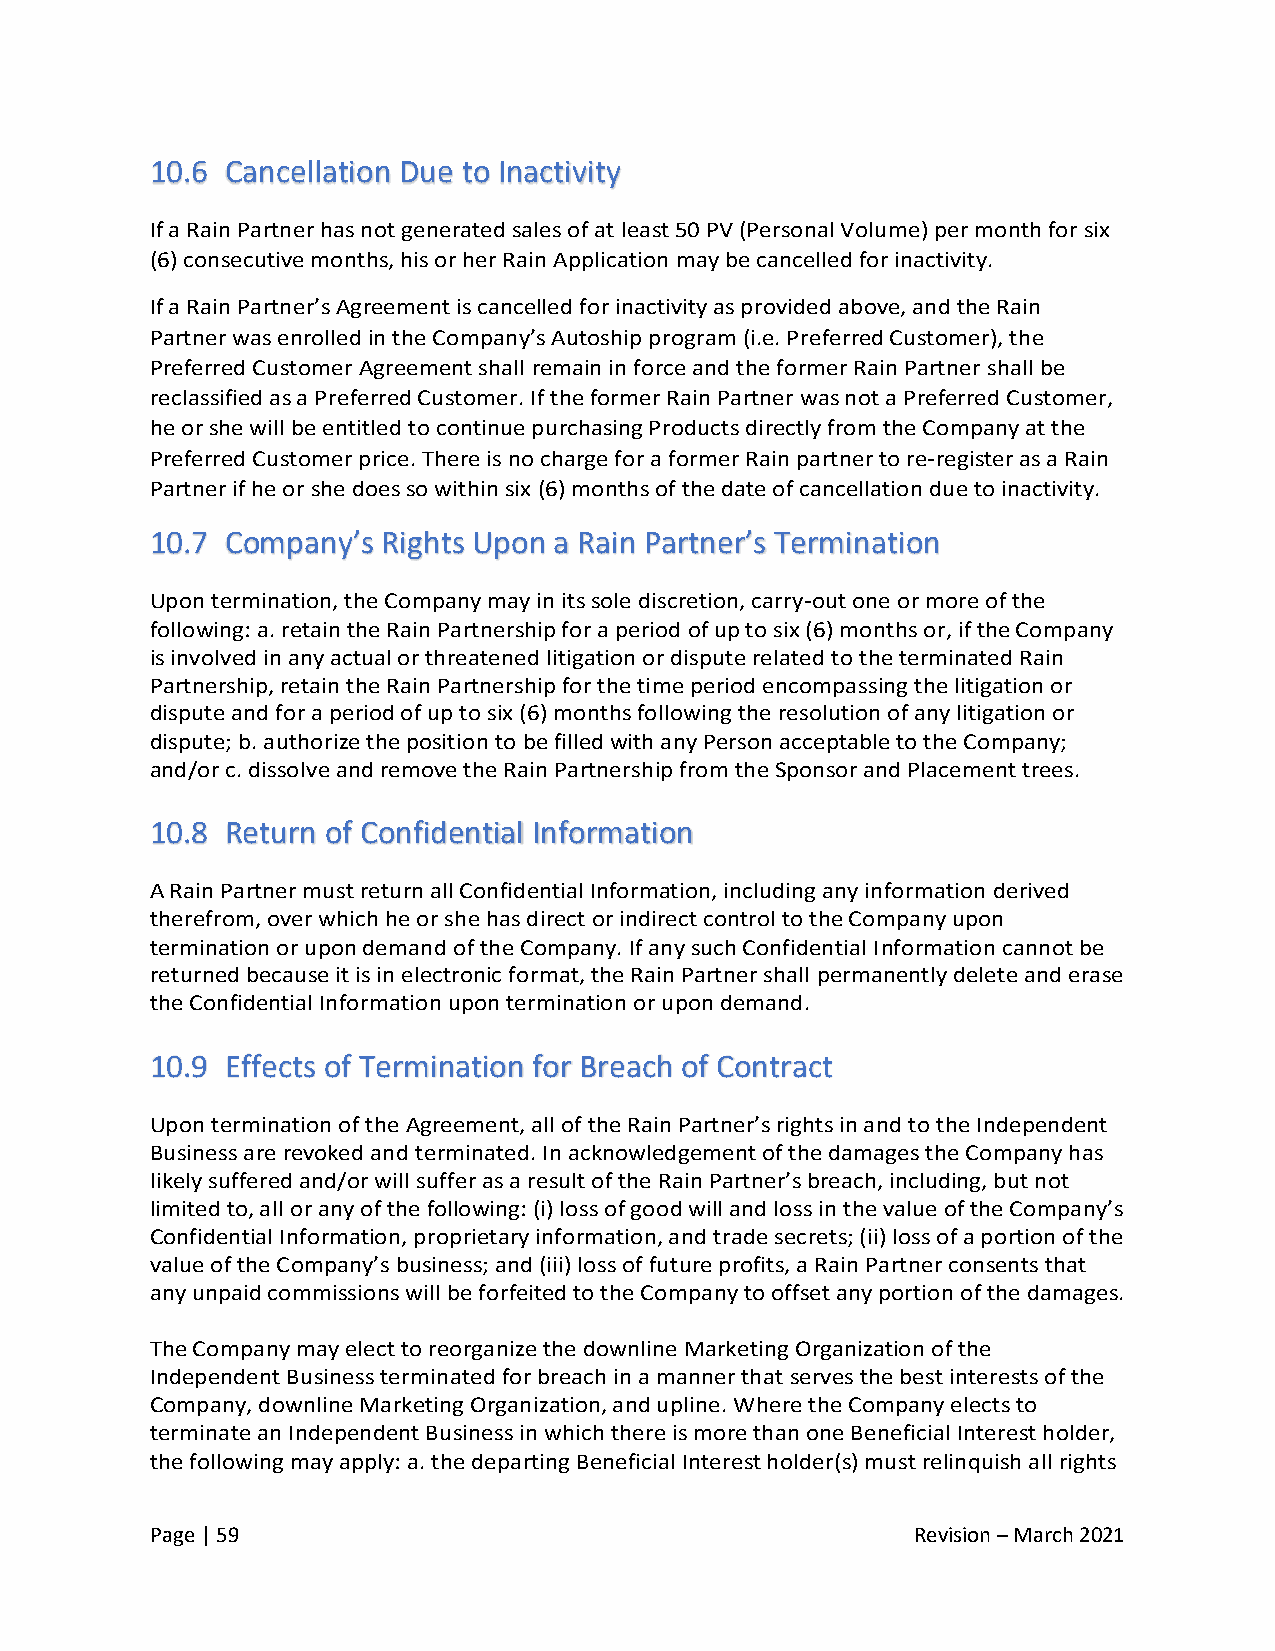
10.6 Cancellation Due to Inactivity
 If a Rain Partner has not generated sales of at least 50 PV (Personal Volume) per month for six
 (6) consecutive months, his or her Rain Application may be cancelled for inactivity.
 If a Rain Partner’s Agreement is cancelled for inactivity as provided above, and the Rain
 Partner was enrolled in the Company’s Autoship program (i.e. Preferred Customer), the
 Preferred Customer Agreement shall remain in force and the former Rain Partner shall be
 reclassified as a Preferred Customer. If the former Rain Partner was not a Preferred Customer,
 he or she will be entitled to continue purchasing Products directly from the Company at the
 Preferred Customer price. There is no charge for a former Rain partner to re-register as a Rain
 Partner if he or she does so within six (6) months of the date of cancellation due to inactivity.
 10.7 Company’s Rights Upon a Rain Partner’s Termination
 Upon termination, the Company may in its sole discretion, carry-out one or more of the
 following: a. retain the Rain Partnership for a period of up to six (6) months or, if the Company
 is involved in any actual or threatened litigation or dispute related to the terminated Rain
 Partnership, retain the Rain Partnership for the time period encompassing the litigation or
 dispute and for a period of up to six (6) months following the resolution of any litigation or
 dispute; b. authorize the position to be filled with any Person acceptable to the Company;
 and/or c. dissolve and remove the Rain Partnership from the Sponsor and Placement trees.
 10.8 Return of Confidential Information
 A Rain Partner must return all Confidential Information, including any information derived
 therefrom, over which he or she has direct or indirect control to the Company upon
 termination or upon demand of the Company. If any such Confidential Information cannot be
 returned because it is in electronic format, the Rain Partner shall permanently delete and erase
 the Confidential Information upon termination or upon demand.
 10.9 Effects of Termination for Breach of Contract
 Upon termination of the Agreement, all of the Rain Partner’s rights in and to the Independent
 Business are revoked and terminated. In acknowledgement of the damages the Company has
 likely suffered and/or will suffer as a result of the Rain Partner’s breach, including, but not
 limited to, all or any of the following: (i) loss of good will and loss in the value of the Company’s
 Confidential Information, proprietary information, and trade secrets; (ii) loss of a portion of the
 value of the Company’s business; and (iii) loss of future profits, a Rain Partner consents that
 any unpaid commissions will be forfeited to the Company to offset any portion of the damages.
 The Company may elect to reorganize the downline Marketing Organization of the
 Independent Business terminated for breach in a manner that serves the best interests of the
 Company, downline Marketing Organization, and upline. Where the Company elects to
 terminate an Independent Business in which there is more than one Beneficial Interest holder,
 the following may apply: a. the departing Beneficial Interest holder(s) must relinquish all rights
 Page | 59                                          Revision – March 2021